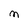
Character: M